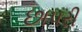
છાપરી